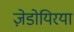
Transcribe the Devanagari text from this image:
ज़ेडोयिरया